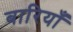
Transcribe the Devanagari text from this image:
बारियाँ